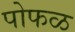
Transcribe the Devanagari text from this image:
पोफळ